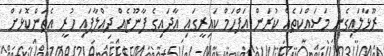
ރޫޅާލައިގެން މަސައްކަތެއް ކުރަން އަފްހަމް ކައިރީގައި އާދައިގެ ފާނޫޒެއް ދިއްލާފައި ހުރީ އެތަންކޮޅަށް